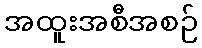
အထူးအစီအစဉ်